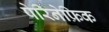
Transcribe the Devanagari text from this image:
पेरिनेफ्रिक